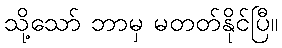
သို့သော် ဘာမှ မတတ်နိုင်ပြီ။